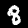
Digit: 8